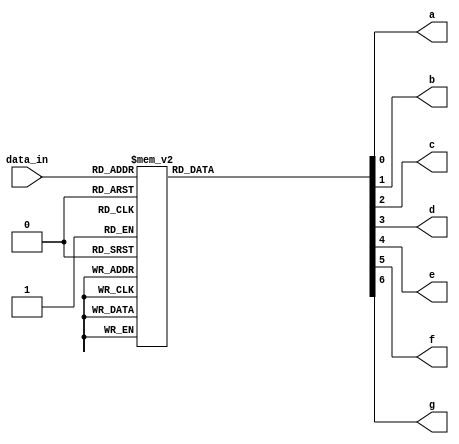
module BCD_SevenSegment(input [3:0] data_in,
output reg a,b,c,d,e,f,g);
always @(*) begin 
case(data_in)
4'd0:begin a=1;b=1;c=1;d=1;e=1;f=1;g=0;end 
4'd1:begin a=0;b=1;c=1;d=0;e=0;f=0;g=0;end
4'd2:begin a=1;b=1;c=0;d=1;e=1;f=0;g=1;end
4'd3:begin a=1;b=1;c=1;d=1;e=0;f=0;g=1;end
4'd4:begin a=0;b=1;c=1;d=0;e=0;f=1;g=1;end
4'd5:begin a=1;b=0;c=1;d=1;e=0;f=1;g=1;end
4'd6:begin a=0;b=0;c=1;d=1;e=1;f=1;g=1;end
4'd7:begin a=1;b=1;c=1;d=0;e=0;f=0;g=0;end
4'd8:begin a=1;b=1;c=1;d=1;e=1;f=1;g=1;end
4'd9:begin a=1;b=1;c=1;d=0;e=0;f=1;g=1;end
default:begin a=0;b=0;c=0;d=0;e=0;f=0;g=0; 
end
endcase
end
endmodule